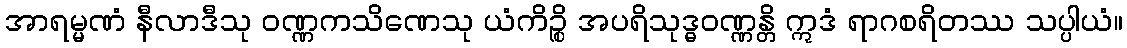
အာရမ္မဏံ နီလာဒီသု ဝဏ္ဏကသိဏေသု ယံကိဉ္စိ အပရိသုဒ္ဓဝဏ္ဏန္တိ ဣဒံ ရာဂစရိတဿ သပ္ပါယံ။